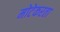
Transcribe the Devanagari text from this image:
मोटेकरता